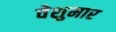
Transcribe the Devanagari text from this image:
वेशुमार